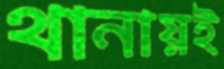
থানায়ই